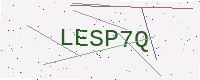
Text: LESP7Q